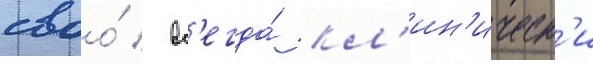
своо́ / вс'егда́ кл'ин'ическ'и